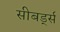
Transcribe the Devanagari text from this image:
सीबर्ड्स